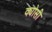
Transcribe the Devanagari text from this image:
क्योसी